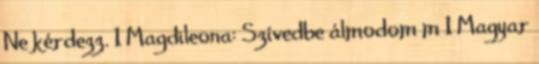
Ne kérdezz. 1 Magdileona: Szívedbe álmodom m 1 Magyar